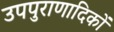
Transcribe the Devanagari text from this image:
उपपुराणादिकों